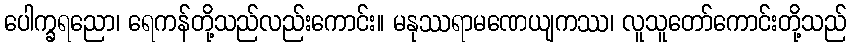
ပေါက္ခရညော၊ ရေကန်တို့သည်လည်းကောင်း။ မနုဿရာမဏေယျကဿ၊ လူသူတော်ကောင်းတို့သည်